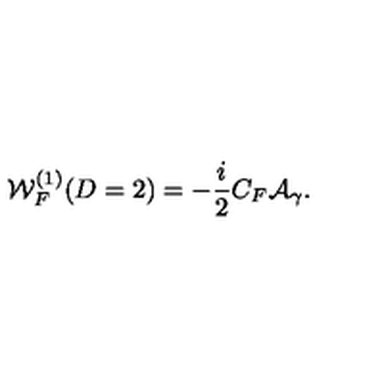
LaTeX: { \cal W } _ { F } ^ { ( 1 ) } ( D = 2 ) = - \frac { i } { 2 } C _ { F } { \cal A } _ { \gamma } .